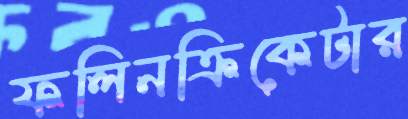
ফলিনক্রিকেটার